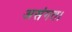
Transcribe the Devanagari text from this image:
असंगत।